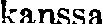
kanssa